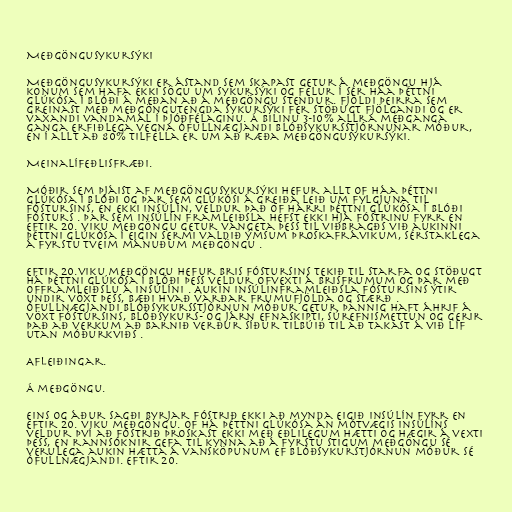
Meðgöngusykursýki

Meðgöngusykursýki er ástand sem skapast getur á meðgöngu hjá
konum sem hafa ekki sögu um sykursýki og felur í sér háa þéttni
glúkósa í blóði á meðan að á meðgöngu stendur. Fjöldi þeirra sem
greinast með meðgöngutengda sykursýki fer stöðugt fjölgandi og er
vaxandi vandamál í þjóðfélaginu. Á bilinu 3-10% allra meðganga
ganga erfiðlega vegna ófullnægjandi blóðsykursstjórnunar móður,
en í allt að 80% tilfella er um að ræða meðgöngusykursýki.

Meinalífeðlisfræði.

Móðir sem þjáist af meðgöngusykursýki hefur allt of háa þéttni
glúkósa í blóði og þar sem glúkósi á greiða leið um fylgjuna til
fóstursins, en ekki insúlín, veldur það of hárri þéttni glúkósa í blóði
fósturs . Þar sem insúlín framleiðsla hefst ekki hjá fóstrinu fyrr en
eftir 20. viku meðgöngu getur vangeta þess til viðbragðs við aukinni
þéttni glúkósa í eigin sermi valdið ýmsum þroskafrávikum, sérstaklega
á fyrstu tveim mánuðum meðgöngu .

Eftir 20.viku meðgöngu hefur bris fóstursins tekið til starfa og stöðugt
há þéttni glúkósa í blóði þess veldur ofvexti á brisfrumum og þar með
offramleiðslu á insúlíni . Aukin insúlinframleiðsla fóstursins ýtir
undir vöxt þess, bæði hvað varðar frumufjölda og stærð .
Ófullnægjandi blóðsykursstjórnun móður getur þannig haft áhrif á
vöxt fóstursins, blóðsykurs- og járn efnaskipti, súrefnismettun og gerir
það að verkum að barnið verður síður tilbúið til að takast á við líf
utan móðurkviðs .

Afleiðingar.

Á meðgöngu.

Eins og áður sagði byrjar fóstrið ekki að mynda eigið insúlín fyrr en
eftir 20. viku meðgöngu. Of há þéttni glúkósa án mótvægis insúlíns
veldur því að fóstrið þroskast ekki með eðlilegum hætti og hægir á vexti
þess, en rannsóknir gefa til kynna að á fyrstu stigum meðgöngu sé
verulega aukin hætta á vansköpunum ef blóðsykurstjórnun móður sé
ófullnægjandi. Eftir 20.